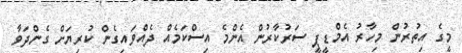
މީގެ އިތުރުން މިހާރު އެމްޑީޕީ ސަރުކާރުން އެންމެ އިސްކަމެއް ދެއްވައިގެން ކުރިޔަށް ގެންދަވާ